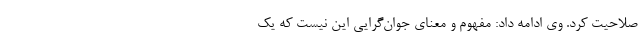
صلاحیت کرد. وی ادامه داد: مفهوم و معنای جوان‌گرایی این نیست که یک